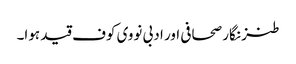
طنز نگار صحافی اور ادبی نووی کوف قید ہوا۔